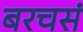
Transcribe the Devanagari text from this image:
बरचसं